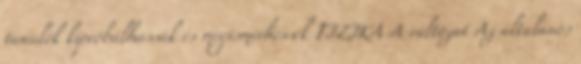
tanulók kipróbálhassák és megismerhessék FIZIKA A változat Az általános